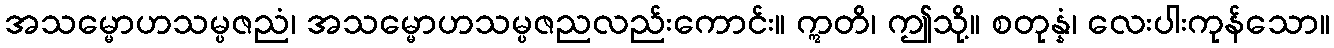
အသမ္မောဟသမ္ပဇညံ၊ အသမ္မောဟသမ္ပဇညလည်းကောင်း။ ဣတိ၊ ဤသို့။ စတုန္နံ၊ လေးပါးကုန်သော။